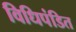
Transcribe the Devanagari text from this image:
विधिपंडित